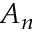
A _ { n }